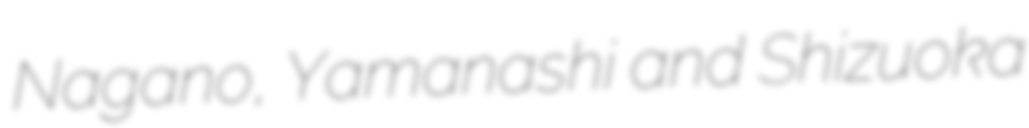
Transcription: Nagano, Yamanashi and Shizuoka